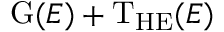
\mathrm { G } ( E ) + \mathrm { T _ { H E } } ( E )